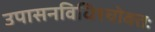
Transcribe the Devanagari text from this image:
उपासनविधिश्चोक्तः